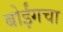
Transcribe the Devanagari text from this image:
बोईंगचा